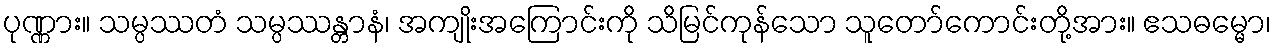
ပုဏ္ဏား။ သမ္ပဿတံ သမ္ပဿန္တာနံ၊ အကျိုးအကြောင်းကို သိမြင်ကုန်သော သူတော်ကောင်းတို့အား။ ဧသဓမ္မော၊